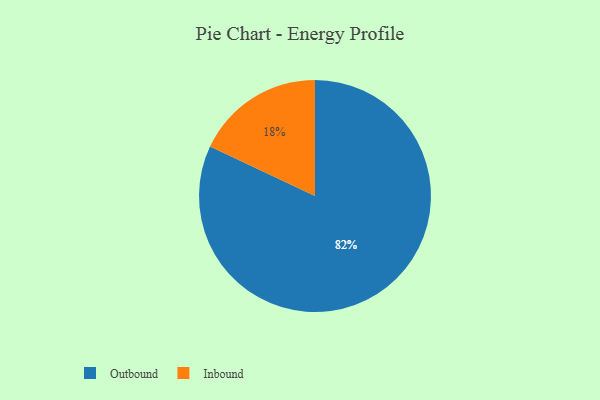
{"axis": {"x": "Category", "y": "Percentage"}, "legend": ["Inbound", "Outbound"], "data": [{"x": "Inbound", "y": 18, "type": "Inbound"}, {"x": "Outbound", "y": 82, "type": "Outbound"}]}